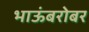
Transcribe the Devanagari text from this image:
भाऊंबरोबर